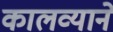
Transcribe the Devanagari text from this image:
कालव्याने